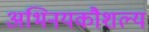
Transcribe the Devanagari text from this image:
अभिनयकौशल्य